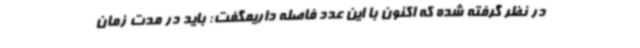
در نظر گرفته شده که اکنون با این عدد فاصله داریمگفت: باید در مدت زمان